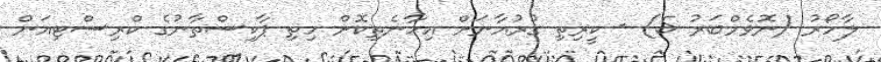
ލާހޯރު (ނޮވެމްބަރު 5) - ކީރިތި ގުރުއާނަށް އިހާނެތިކޮށް ހިތި ޕާކިސްތާނުގެ ކްރިސްޓިއަން